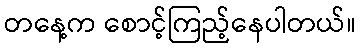
တနေ့က စောင့်ကြည့်နေပါတယ်။